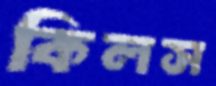
কিলস